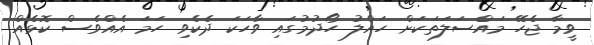
ވީމާ ޖެހޭ މައްސަލަތަކަށް ހައްލު ހޯދުމުގައި ވާހަކަ ދެކެވި ހަމަ އެއްވެސް ކޮޅެއް